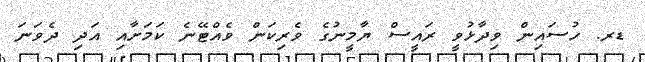
ޑރ. ހުސައިން ވިދާޅުވީ ރައީސް ޔާމީނުގެ ވެރިކަން ވެއްޓޭނެ ކަމަށާއި އަދި ދެވަނަ